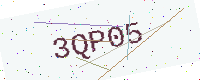
Text: 3QP05